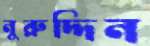
নুরুদ্দিন